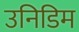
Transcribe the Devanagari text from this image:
उनिडिम